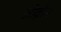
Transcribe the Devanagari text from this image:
ओव्रीम